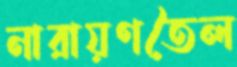
নারায়ণতৈল